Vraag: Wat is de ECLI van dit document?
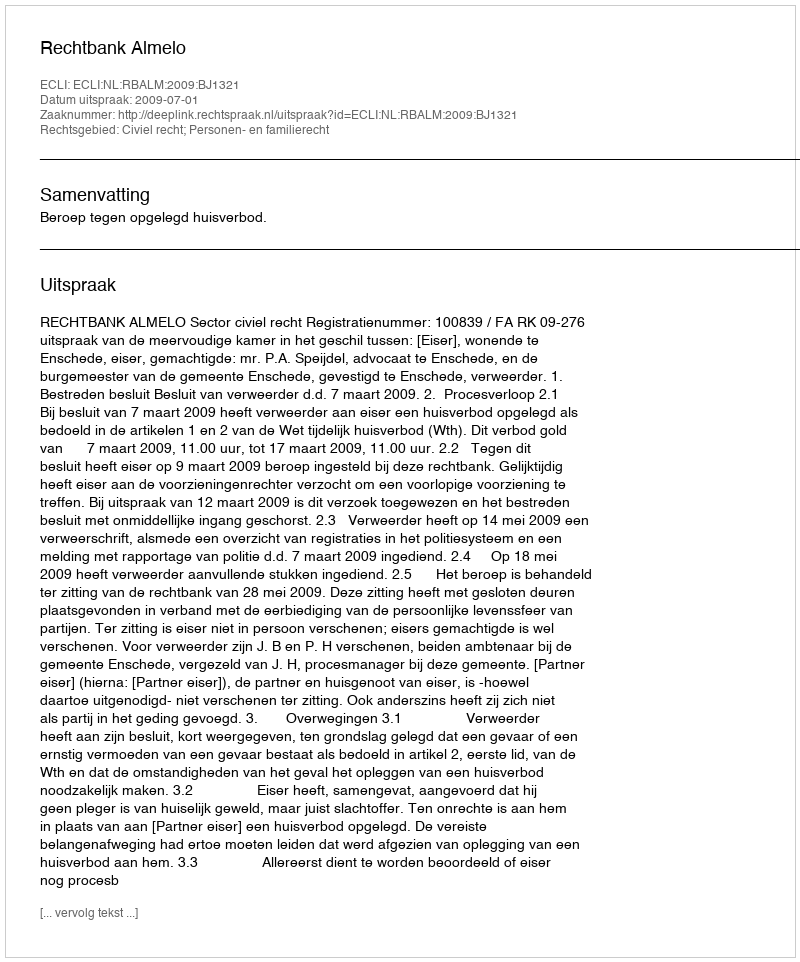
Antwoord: ECLI:NL:RBALM:2009:BJ1321